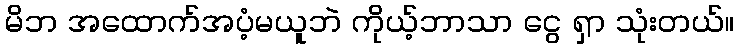
မိဘ အထောက်အပံ့မယူဘဲ ကိုယ့်ဘာသာ ငွေ ရှာ သုံးတယ်။